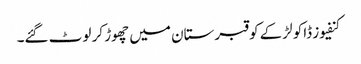
کنفیوز ڈاکو لڑکے کو قبرستان میں چھوڑ کر لوٹ گئے۔